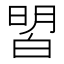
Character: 㿢